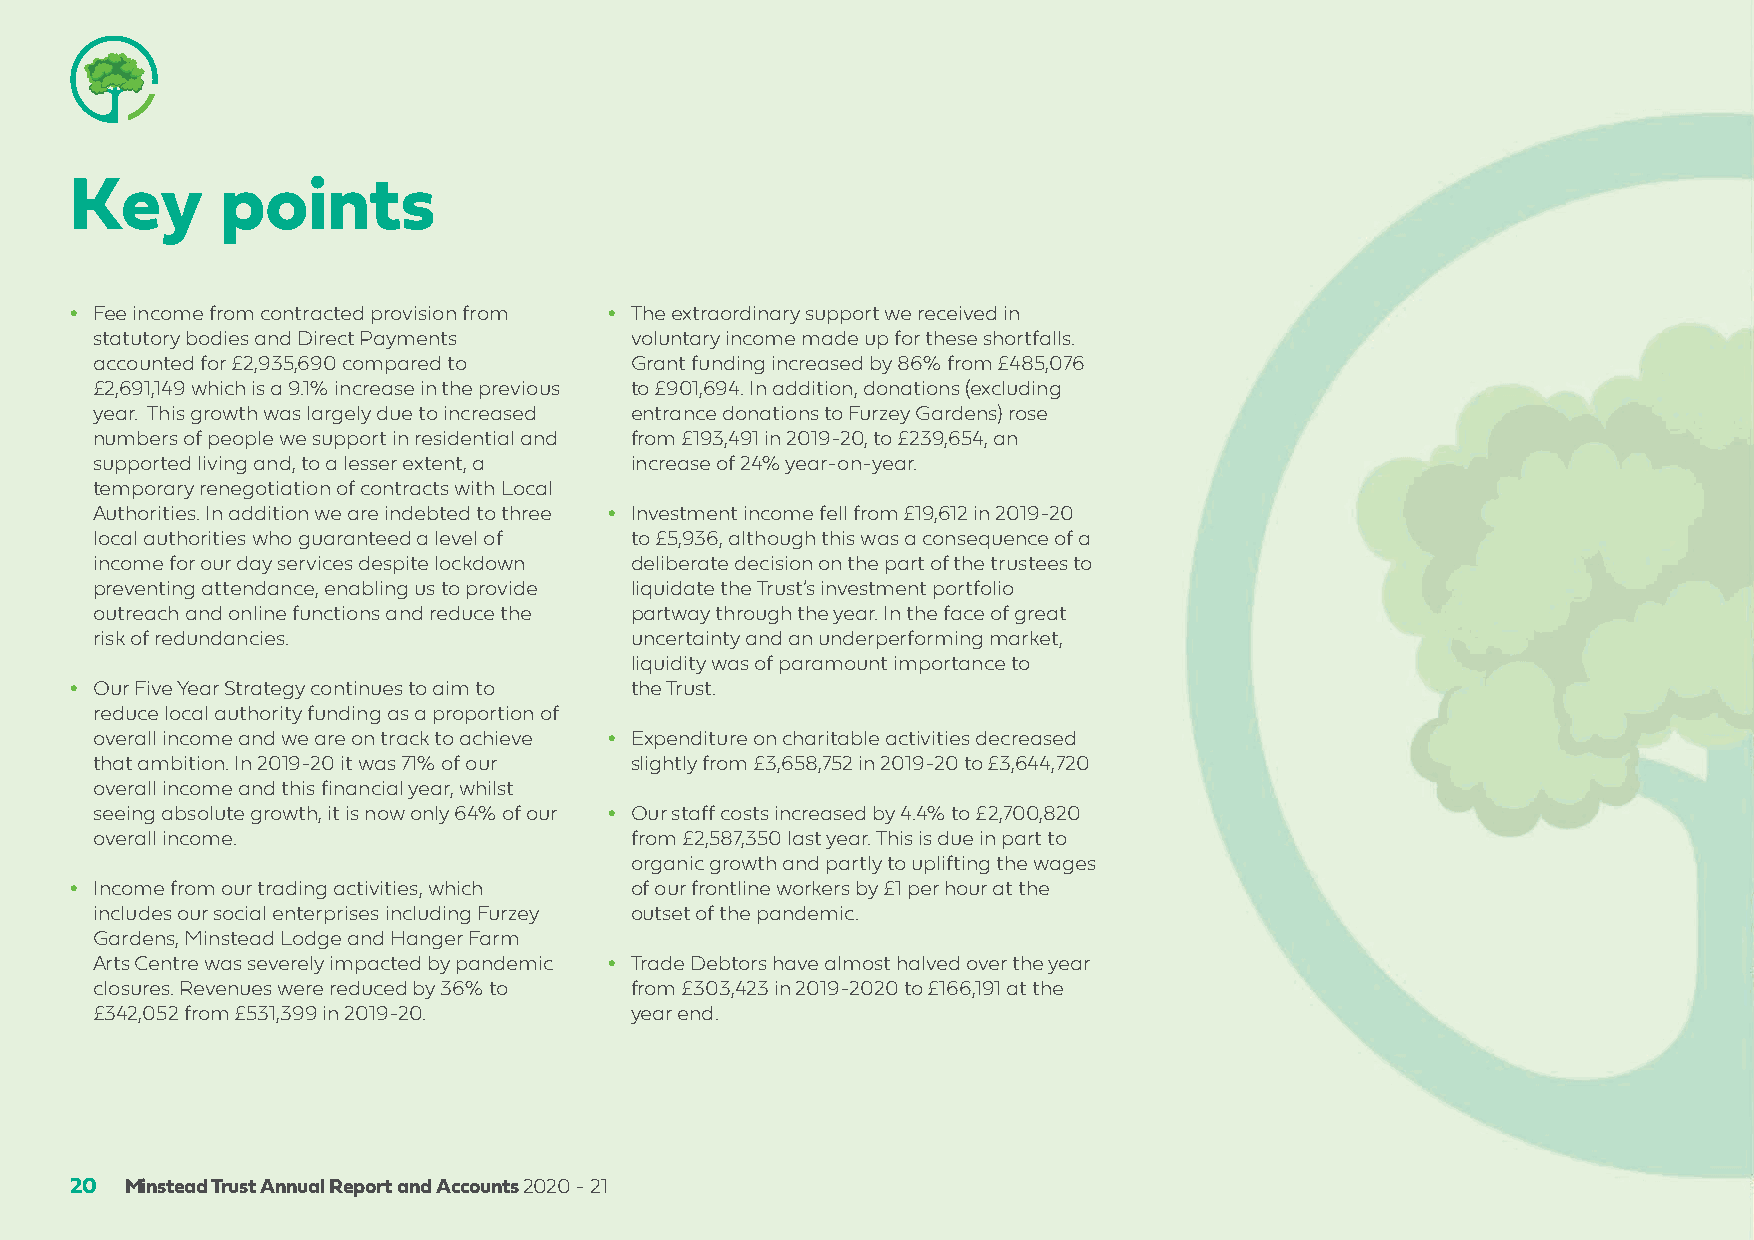
Key       points
 • Fee income from contracted provision from • The extraordinary support we received in
 statutory bodies and Direct Payments voluntary income made up for these shortfalls.
 accounted for £2,935,690 compared to Grant funding increased by 86% from £485,076
 £2,691,149 which is a 9.1% increase in the previous to £901,694. In addition, donations (excluding
 year. This growth was largely due to increased entrance donations to Furzey Gardens) rose
 numbers of people we support in residential and from £193,491 in 2019-20, to £239,654, an
 supported living and, to a lesser extent, a increase of 24% year-on-year.
 temporary renegotiation of contracts with Local
 Authorities. In addition we are indebted to three • Investment income fell from £19,612 in 2019-20
 local authorities who guaranteed a level of to £5,936, although this was a consequence of a
 income for our day services despite lockdown deliberate decision on the part of the trustees to
 preventing attendance, enabling us to provide liquidate the Trust’s investment portfolio
 outreach and online functions and reduce the partway through the year. In the face of great
 risk of redundancies.               uncertainty and an underperforming market,
 liquidity was of paramount importance to
 • Our Five Year Strategy continues to aim to the Trust.
 reduce local authority funding as a proportion of
 overall income and we are on track to achieve • Expenditure on charitable activities decreased
 that ambition. In 2019-20 it was 71% of our slightly from £3,658,752 in 2019-20 to £3,644,720
 overall income and this financial year, whilst
 seeing absolute growth, it is now only 64% of our • Our staff costs increased by 4.4% to £2,700,820
 overall income.                     from £2,587,350 last year. This is due in part to
 organic growth and partly to uplifting the wages
 • Income from our trading activities, which of our frontline workers by £1 per hour at the
 includes our social enterprises including Furzey outset of the pandemic.
 Gardens, Minstead Lodge and Hanger Farm
 Arts Centre was severely impacted by pandemic • Trade Debtors have almost halved over the year
 closures. Revenues were reduced by 36% to from £303,423 in 2019-2020 to £166,191 at the
 £342,052 from £531,399 in 2019-20.  year end.
 20 Minstead Trust Annual Report and Accounts 2020 - 21